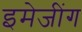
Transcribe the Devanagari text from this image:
इमेजींग